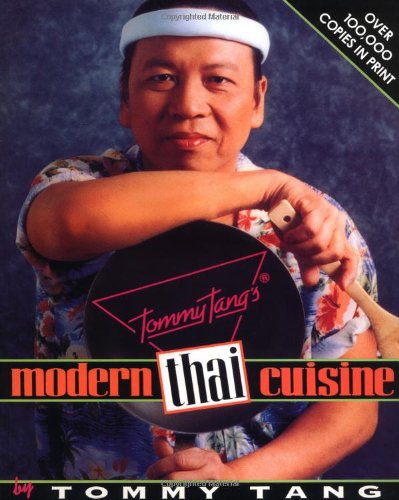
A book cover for Tommy Tang's Modern Thai Cuisine; Tommy Tang; Cookbooks, Food & Wine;